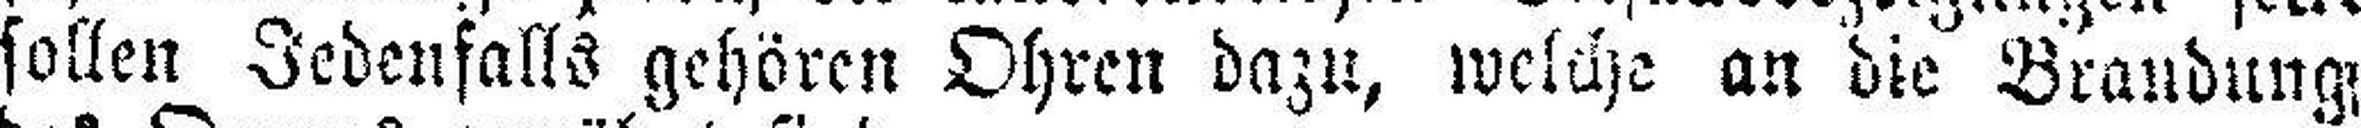
sollen Jedenfalls gehören Ohren dazu, welche an die Brandung